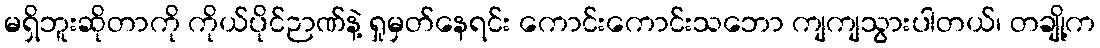
မရှိဘူးဆိုတာကို ကိုယ်ပိုင်ဉာဏ်နဲ့ ရှုမှတ်နေရင်း ကောင်းကောင်းသဘော ကျကျသွားပါတယ်၊ တချို့က